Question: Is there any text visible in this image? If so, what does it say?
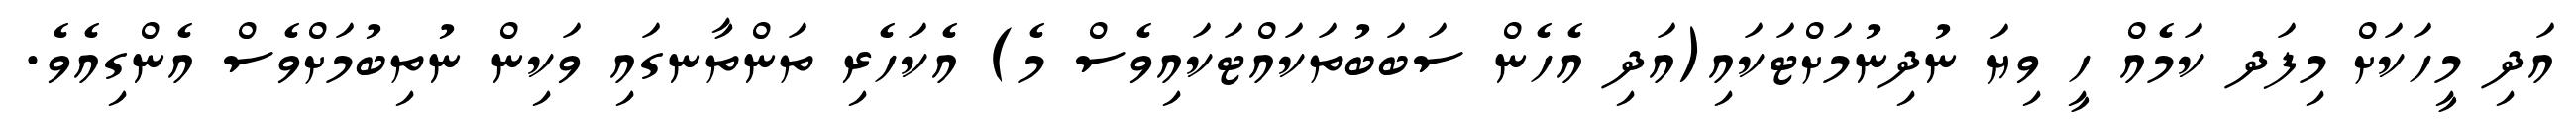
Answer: އަދި މީހަކަށް މިފަދ ކަމެއް ހީ ވިޔަ ނުދިނުމަށްޓަކައި(އަދި އެހެން ސަބަބުތަކައްޓަކައިވެސް މެ) އެކަހެރި ތަންތާނގައި ވަކިން ނުތިބުމަށްވެސް އެންގިއެވެ.